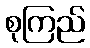
စုကြည်